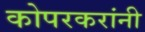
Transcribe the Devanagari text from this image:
कोपरकरांनी